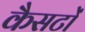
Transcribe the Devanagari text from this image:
कैसटों